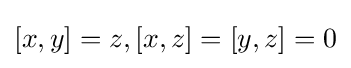
[x,y]=z,[x,z]=[y,z]=0